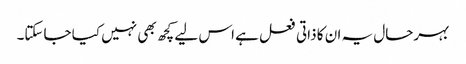
بہرحال یہ ان کا ذاتی فعل ہے اس لیے کچھ بھی نہیں کیا جاسکتا۔